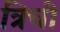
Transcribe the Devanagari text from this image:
त्रिची